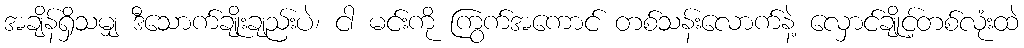
အချိန်ရှိသမျှ ဒီသောက်ချိုးချည်းပဲ၊ ငါ မင်းကို ကြွက်အကောင် တစ်သန်းလောက်နဲ့ လှောင်ချိုင့်တစ်လုံးထဲ